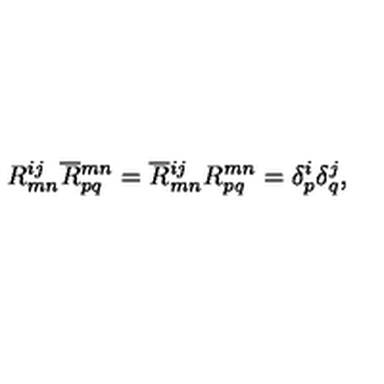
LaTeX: R _ { m n } ^ { i j } \overline { { R } } { } _ { p q } ^ { m n } = \overline { { R } } { } _ { m n } ^ { i j } R _ { p q } ^ { m n } = \delta _ { p } ^ { i } \delta _ { q } ^ { j } ,